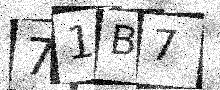
Text: 71B7